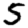
Digit: 5